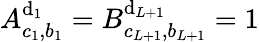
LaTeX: A_{c_{1},b_{1}}^{\mathrm{d}_{1}}=B_{c_{L+1},b_{L+1}}^{\mathrm{d}_{L+1}}=1